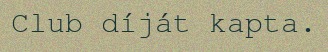
Club díját kapta.